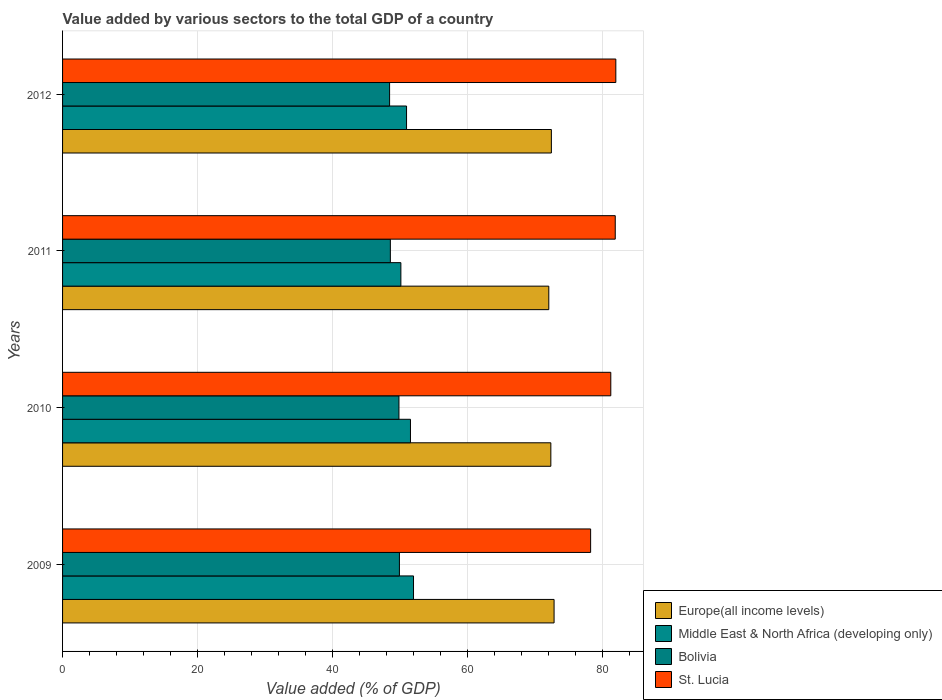
| Years | Europe(all income levels) | Middle East & North Africa (developing only) | Bolivia | St. Lucia |
 | --- | --- | --- | --- | --- |
 | 2009 | 72.8 | 52 | 49.9 | 78.3 |
 | 2010 | 72.4 | 51.6 | 49.9 | 81.3 |
 | 2011 | 72.1 | 50.1 | 48.6 | 81.9 |
 | 2012 | 72.4 | 51 | 48.5 | 82 |